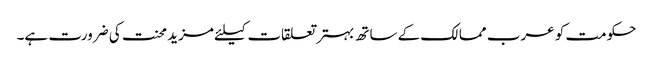
حکومت کو عرب ممالک کے ساتھ بہتر تعلقات کیلئے مزید محنت کی ضرورت ہے۔